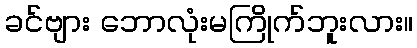
ခင်ဗျား ဘောလုံးမကြိုက်ဘူးလား။